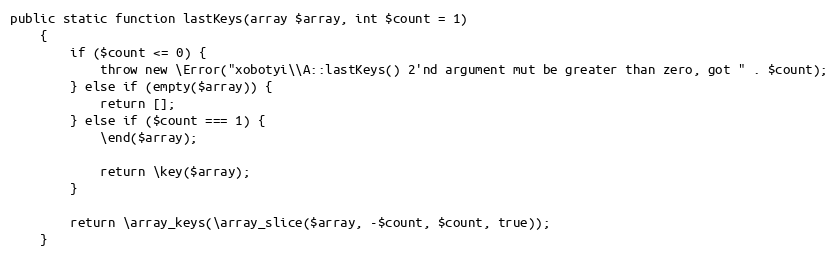
Language: PHP
public static function lastKeys(array $array, int $count = 1)
    {
        if ($count <= 0) {
            throw new \Error("xobotyi\\A::lastKeys() 2'nd argument mut be greater than zero, got " . $count);
        } else if (empty($array)) {
            return [];
        } else if ($count === 1) {
            \end($array);

            return \key($array);
        }

        return \array_keys(\array_slice($array, -$count, $count, true));
    }